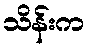
သိန်းက